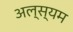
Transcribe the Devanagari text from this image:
अल्स्यम